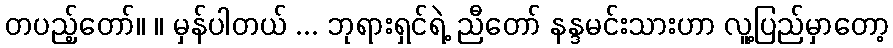
တပည့်တော်။ ။ မှန်ပါတယ် ... ဘုရားရှင်ရဲ့ ညီတော် နန္ဒမင်းသားဟာ လူ့ပြည်မှာတော့